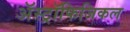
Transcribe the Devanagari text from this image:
अॅस्ट्रॉफिजिकल